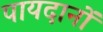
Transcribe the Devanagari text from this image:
पायदानों